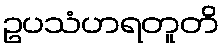
ဥပသံဟရတူတိ